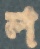
ল